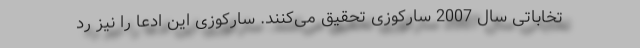
تخاباتی سال 2007 سارکوزی تحقیق می‌کنند. سارکوزی این ادعا را نیز رد